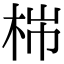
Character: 𣑹